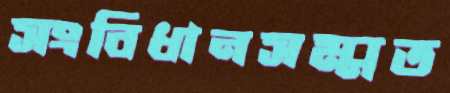
সংবিধানসম্মত